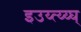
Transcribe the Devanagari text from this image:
इउय्त्य्य्घ्